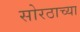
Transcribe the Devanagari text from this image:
सोरठाच्या